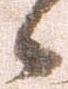
候